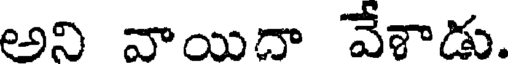
అని వాయిదా వేశాడు.